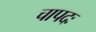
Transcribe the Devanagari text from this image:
चापदः